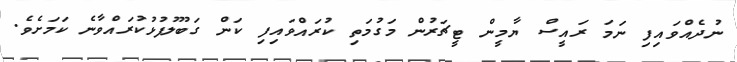
ނުދެއްވައިފި ނަމަ ރައީސް ޔާމީން ޓީޗަރުން މަގުމަތި ކުރައްވައިފި ކަން ގަބޫލުފުޅުކުރައްވާނެ ކަމަށެވެ.